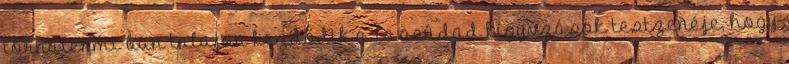
tornatermi ban talajon kezdődik a lassúdad kígyózások testzenéje, hogy